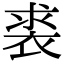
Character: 裘